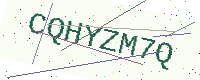
Text: CQHYZM7Q